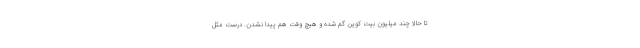
تا حالا چند میلیون بیت کوین گم شده و هیچ وقت هم پیدا نشدن. درست مثل